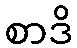
စာဒိ